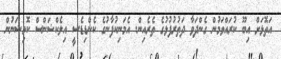
އަތޮޅަށް އިބޫ ކުރައްވަމުން ގެންދަވާ ދަތުރުފުޅުގެ ތެރެއިން. އެމަނިކުފާނުގެ ކެންޑިޑެސީ އިލެކްޝަންސް ކޮމިޝަނުން